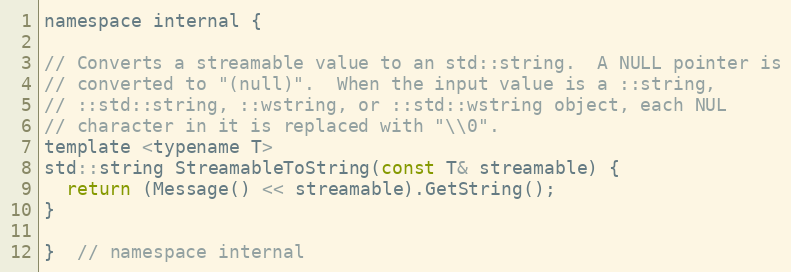
Language: C
namespace internal {

// Converts a streamable value to an std::string.  A NULL pointer is
// converted to "(null)".  When the input value is a ::string,
// ::std::string, ::wstring, or ::std::wstring object, each NUL
// character in it is replaced with "\\0".
template <typename T>
std::string StreamableToString(const T& streamable) {
  return (Message() << streamable).GetString();
}

}  // namespace internal